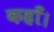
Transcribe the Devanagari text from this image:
कहाँ।